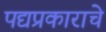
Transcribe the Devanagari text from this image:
पद्यप्रकाराचे